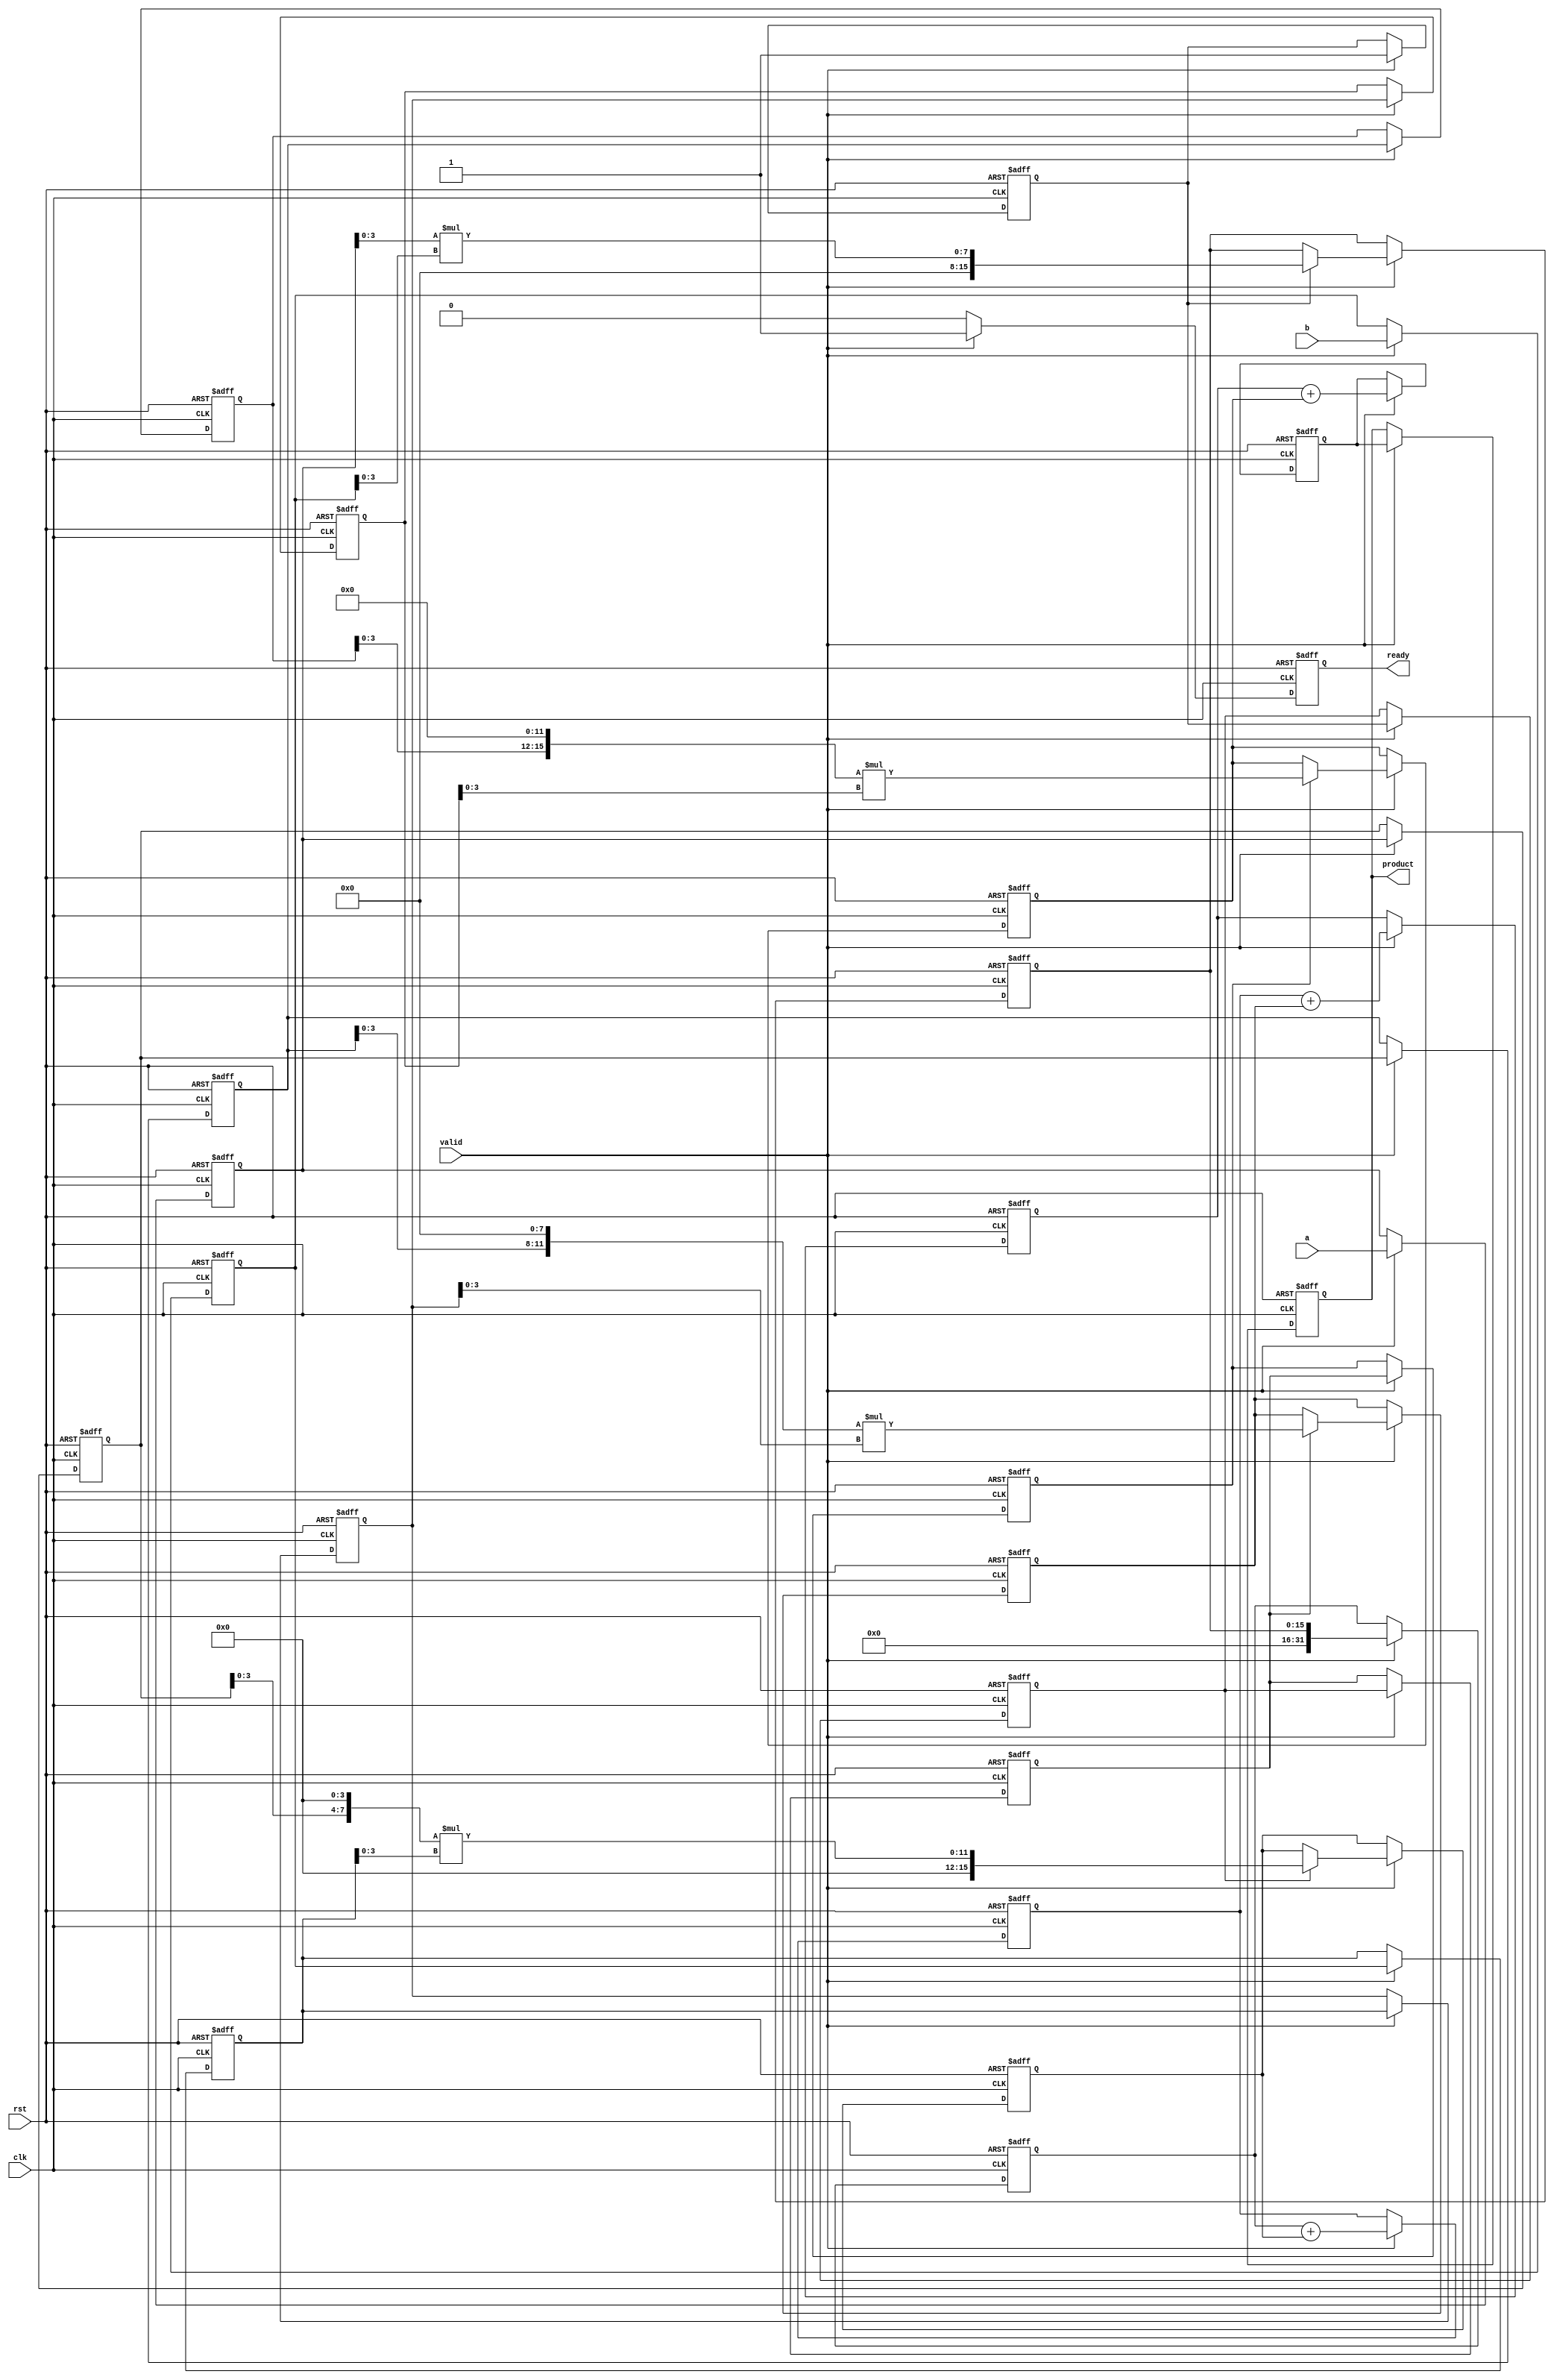
module pipelined_sliced_multiplier #(
    parameter N = 16,        // Total bit width of the operands
    parameter SLICE_WIDTH = 4 // Bit width of each slice
)(
    input wire clk,          // Clock signal
    input wire rst,          // Reset signal
    input wire [N-1:0] a,    // First operand
    input wire [N-1:0] b,    // Second operand
    input wire valid,        // Input valid signal
    output reg [2*N-1:0] product, // Output product
    output reg ready         // Output ready signal
);

    localparam NUM_SLICES = N / SLICE_WIDTH;
    
    // Intermediate registers for partial products and accumulation
    reg [N-1:0] partial_products [0:NUM_SLICES-1]; 
    reg [2*N-1:0] accumulators [0:NUM_SLICES-1]; 
    reg [N-1:0] a_slice, b_slice;
    
    // Pipeline registers
    reg [N-1:0] a_reg [0:NUM_SLICES-1];
    reg [N-1:0] b_reg [0:NUM_SLICES-1];
    reg valid_reg [0:NUM_SLICES-1];

    integer i;

    // Control logic and pipeline process
    always @(posedge clk or posedge rst) begin
        if (rst) begin
            // Reset all outputs and registers
            product <= 0;
            ready <= 0;
            for (i = 0; i < NUM_SLICES; i = i + 1) begin
                a_reg[i] <= 0;
                b_reg[i] <= 0;
                valid_reg[i] <= 0;
                accumulators[i] <= 0;
                partial_products[i] <= 0;
            end
        end else if (valid) begin
            // Shift inputs through the pipeline
            for (i = NUM_SLICES-1; i > 0; i = i - 1) begin
                a_reg[i] <= a_reg[i-1];
                b_reg[i] <= b_reg[i-1];
                valid_reg[i] <= valid_reg[i-1];
            end
            a_reg[0] <= a;
            b_reg[0] <= b;
            valid_reg[0] <= 1;

            // Compute partial products for each slice
            for (i = 0; i < NUM_SLICES; i = i + 1) begin
                if (valid_reg[i]) begin
                    a_slice = a_reg[i][SLICE_WIDTH-1:0] << (i * SLICE_WIDTH);
                    b_slice = b_reg[i][SLICE_WIDTH-1:0];
                    partial_products[i] <= a_slice * b_slice;
                end
            end
            
            // Accumulate partial products
            for (i = 0; i < NUM_SLICES; i = i + 1) begin
                accumulators[i] <= (i == 0) ? partial_products[i] : accumulators[i-1] + partial_products[i];
            end

            // Final output at the last stage
            product <= accumulators[NUM_SLICES-1];
            ready <= 1; // Signal that the product is ready
        end else begin
            ready <= 0; // Reset ready signal if input is not valid
        end
    end

endmodule